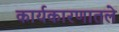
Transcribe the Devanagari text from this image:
कार्यकारणातले